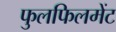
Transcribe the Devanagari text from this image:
फुलफिलमेंट